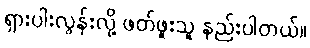
ရှားပါးလွန်းလို့ ဖတ်ဖူးသူ နည်းပါတယ်။